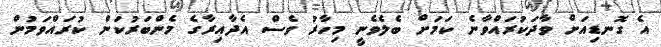
އެ ގޮނޑިއަށް ވާދަކުރައްވާނެ ކަމަށް ބެލެވެނީ މިހާރު ވެސް އެދާއިރާގެ މެންބަރުކަން ކުރައްވަމުން